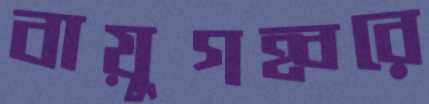
বায়ুগহ্বরে